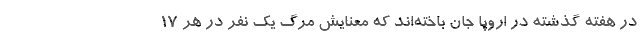
در هفته گذشته در اروپا جان باخته‌اند که معنایش مرگ یک نفر در هر ۱۷